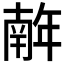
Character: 𢆥